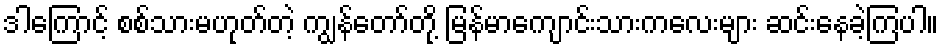
ဒါကြောင့် စစ်သားမဟုတ်တဲ့ ကျွန်တော်တို့ မြန်မာကျောင်းသားကလေးများ ဆင်းနေခဲ့ကြပါ။